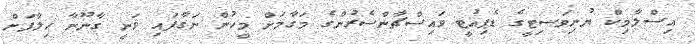
އިސްލާމިކް ޔުނިވަސިޓީގެ ޑެޕިއުޓީ ވައިސްޗާންސެރުންގެ މަގާމަށް މީހުން ނަގާފައި ވަނީ ގާނޫނާ ހިލާފަށް